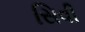
સિવી